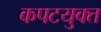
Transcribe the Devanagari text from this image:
कपटयुक्त